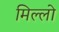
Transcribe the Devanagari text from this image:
मिल्लो